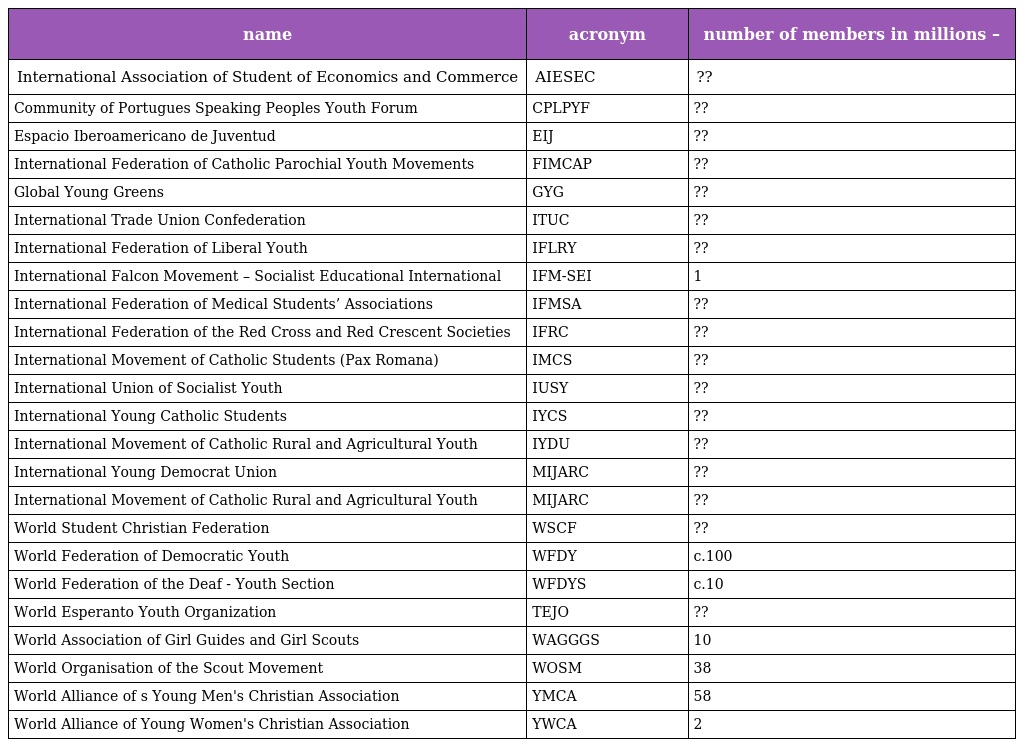
| name | acronym | number of members in millions – |
 | --- | --- | --- |
 | International Association of Student of Economics and Commerce | AIESEC | ?? |
 | Community of Portugues Speaking Peoples Youth Forum | CPLPYF | ?? |
 | Espacio Iberoamericano de Juventud | EIJ | ?? |
 | International Federation of Catholic Parochial Youth Movements | FIMCAP | ?? |
 | Global Young Greens | GYG | ?? |
 | International Trade Union Confederation | ITUC | ?? |
 | International Federation of Liberal Youth | IFLRY | ?? |
 | International Falcon Movement – Socialist Educational International | IFM-SEI | 1 |
 | International Federation of Medical Students’ Associations | IFMSA | ?? |
 | International Federation of the Red Cross and Red Crescent Societies | IFRC | ?? |
 | International Movement of Catholic Students (Pax Romana) | IMCS | ?? |
 | International Union of Socialist Youth | IUSY | ?? |
 | International Young Catholic Students | IYCS | ?? |
 | International Movement of Catholic Rural and Agricultural Youth | IYDU | ?? |
 | International Young Democrat Union | MIJARC | ?? |
 | International Movement of Catholic Rural and Agricultural Youth | MIJARC | ?? |
 | World Student Christian Federation | WSCF | ?? |
 | World Federation of Democratic Youth | WFDY | c.100 |
 | World Federation of the Deaf - Youth Section | WFDYS | c.10 |
 | World Esperanto Youth Organization | TEJO | ?? |
 | World Association of Girl Guides and Girl Scouts | WAGGGS | 10 |
 | World Organisation of the Scout Movement | WOSM | 38 |
 | World Alliance of s Young Men's Christian Association | YMCA | 58 |
 | World Alliance of Young Women's Christian Association | YWCA | 2 |